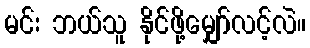
မင်း ဘယ်သူ နိုင်ဖို့မျှော်လင့်လဲ။